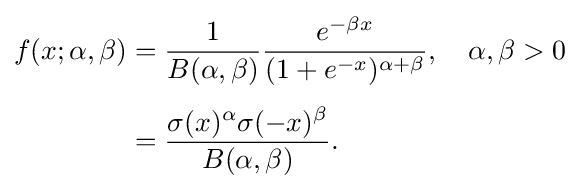
{\begin{aligned}f(x;\alpha ,\beta )&={\frac {1}{B(\alpha ,\beta )}}{\frac {e^{-\beta x}}{(1+e^{-x})^{\alpha +\beta }}},\quad \alpha ,\beta >0\\[4pt]&={\frac {\sigma (x)^{\alpha }\sigma (-x)^{\beta }}{B(\alpha ,\beta )}}.\end{aligned}}